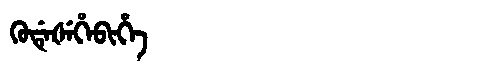
Manchu: ᡴᡠᡩᡝᡧᡝᡥᡝᠪᡳᡥᡝ
Romanization: KUDEŠEHEBIHE